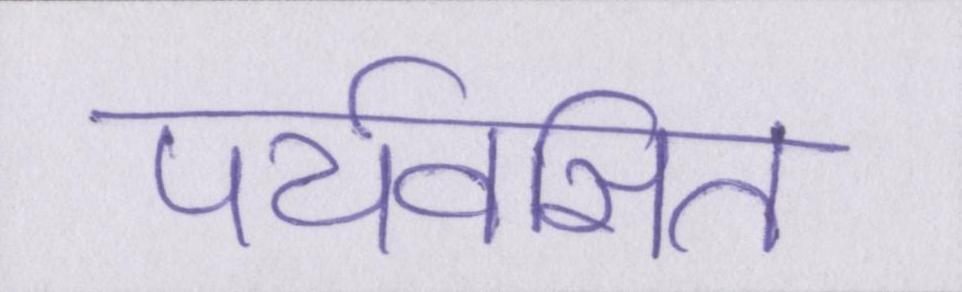
पर्यवसित